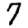
Digit: 7